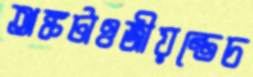
অঙ্কটাওজীয়ন্তেচ